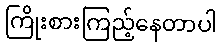
ကြိုးစားကြည့်နေတာပါ